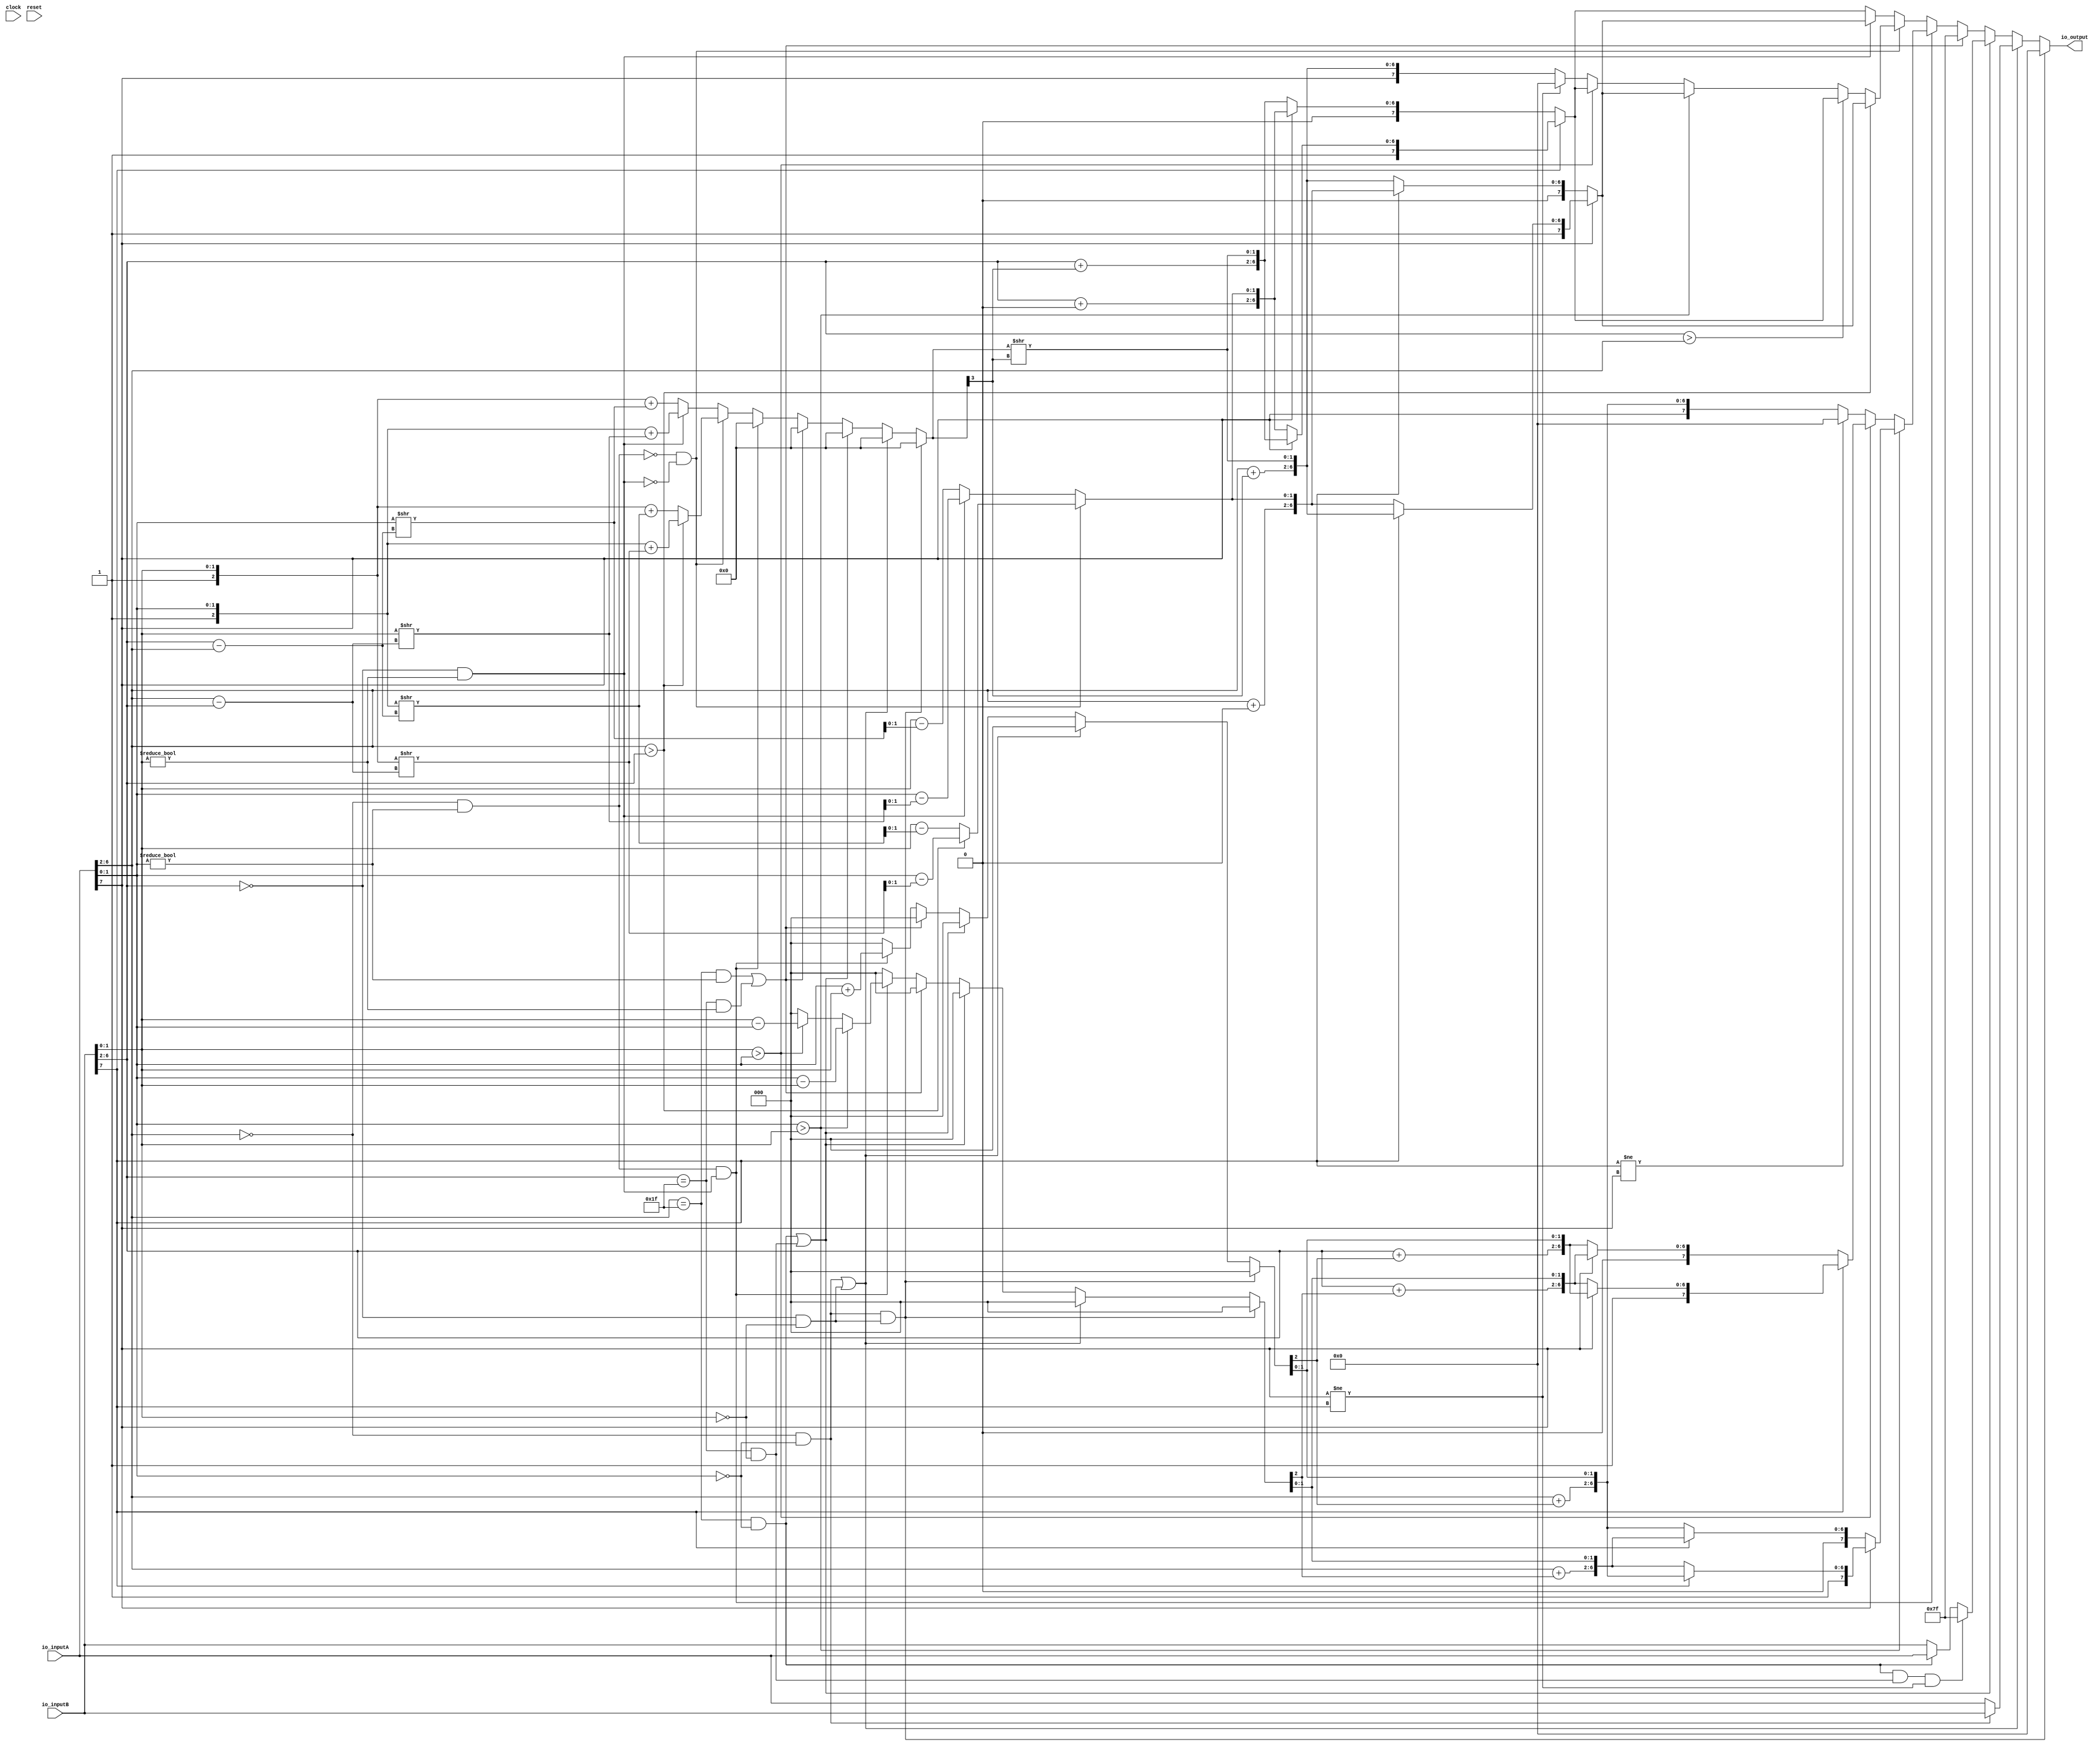
// This program was cloned from: https://github.com/wilfredkisku/CHISEL3-PROJECTS
// License: The Unlicense

module FP8_ADD(
  input        clock,
  input        reset,
  input  [7:0] io_inputA,
  input  [7:0] io_inputB,
  output [7:0] io_output
);
  wire  signA = io_inputA[7]; // @[FP8_ADD.scala 13:18]
  wire [4:0] expA = io_inputA[6:2]; // @[FP8_ADD.scala 14:22]
  wire [1:0] sigA = io_inputA[1:0]; // @[FP8_ADD.scala 15:25]
  wire  signB = io_inputB[7]; // @[FP8_ADD.scala 13:18]
  wire [4:0] expB = io_inputB[6:2]; // @[FP8_ADD.scala 14:22]
  wire [1:0] sigB = io_inputB[1:0]; // @[FP8_ADD.scala 15:25]
  wire  _infFlagA_T = expA == 5'h1f; // @[FP8_ADD.scala 24:23]
  wire  _infFlagA_T_1 = sigA == 2'h0; // @[FP8_ADD.scala 24:46]
  wire  infFlagA = expA == 5'h1f & sigA == 2'h0; // @[FP8_ADD.scala 24:38]
  wire  _infFlagB_T = expB == 5'h1f; // @[FP8_ADD.scala 25:23]
  wire  _infFlagB_T_1 = sigB == 2'h0; // @[FP8_ADD.scala 25:46]
  wire  infFlagB = expB == 5'h1f & sigB == 2'h0; // @[FP8_ADD.scala 25:38]
  wire  _zeroFlagA_T = expA == 5'h0; // @[FP8_ADD.scala 28:24]
  wire  zeroFlagA = expA == 5'h0 & _infFlagA_T_1; // @[FP8_ADD.scala 28:39]
  wire  _zeroFlagB_T = expB == 5'h0; // @[FP8_ADD.scala 29:24]
  wire  zeroFlagB = expB == 5'h0 & _infFlagB_T_1; // @[FP8_ADD.scala 29:39]
  wire  _nanFlagA_T_1 = sigA != 2'h0; // @[FP8_ADD.scala 32:46]
  wire  nanFlagA = _infFlagA_T & sigA != 2'h0; // @[FP8_ADD.scala 32:38]
  wire  _nanFlagB_T_1 = sigB != 2'h0; // @[FP8_ADD.scala 33:46]
  wire  nanFlagB = _infFlagB_T & sigB != 2'h0; // @[FP8_ADD.scala 33:38]
  wire  subFlagA = _zeroFlagA_T & _nanFlagA_T_1; // @[FP8_ADD.scala 36:38]
  wire  subFlagB = _zeroFlagB_T & _nanFlagB_T_1; // @[FP8_ADD.scala 37:38]
  wire [7:0] _io_output_T = zeroFlagA ? io_inputB : io_inputA; // @[FP8_ADD.scala 56:21]
  wire  _T_4 = signA != signB; // @[FP8_ADD.scala 59:42]
  wire [7:0] _io_output_T_1 = infFlagA ? io_inputA : io_inputB; // @[FP8_ADD.scala 62:23]
  wire [7:0] _GEN_0 = infFlagA & infFlagB & signA != signB ? 8'h7f : _io_output_T_1; // @[FP8_ADD.scala 59:53 60:17 62:17]
  wire  _T_8 = sigA > sigB; // @[FP8_ADD.scala 71:17]
  wire [2:0] _ovrChk_a_n_T = {1'h0,sigA}; // @[Cat.scala 33:92]
  wire [2:0] _ovrChk_a_n_T_1 = {1'h0,sigB}; // @[Cat.scala 33:92]
  wire [3:0] _ovrChk_a_n_T_2 = _ovrChk_a_n_T + _ovrChk_a_n_T_1; // @[FP8_ADD.scala 72:38]
  wire [2:0] _ovrChk_s_n_T_3 = _ovrChk_a_n_T - _ovrChk_a_n_T_1; // @[FP8_ADD.scala 73:38]
  wire  _io_output_T_2 = ~signA; // @[FP8_ADD.scala 74:32]
  wire  _io_output_T_3 = ~signB; // @[FP8_ADD.scala 74:62]
  wire  _T_9 = sigB > sigA; // @[FP8_ADD.scala 75:23]
  wire [3:0] _ovrChk_a_n_T_5 = _ovrChk_a_n_T_1 + _ovrChk_a_n_T; // @[FP8_ADD.scala 76:38]
  wire [3:0] _GEN_1 = sigB > sigA ? _ovrChk_a_n_T_5 : _ovrChk_a_n_T_5; // @[FP8_ADD.scala 75:30 76:20 80:20]
  wire [3:0] _GEN_4 = sigA > sigB ? _ovrChk_a_n_T_2 : _GEN_1; // @[FP8_ADD.scala 71:24 72:20]
  wire [3:0] _GEN_21 = subFlagA & subFlagB ? _GEN_4 : 4'h0; // @[FP8_ADD.scala 49:14 68:31]
  wire [3:0] _GEN_27 = nanFlagA | nanFlagB ? 4'h0 : _GEN_21; // @[FP8_ADD.scala 49:14 64:35]
  wire [3:0] _GEN_32 = infFlagA | infFlagB ? 4'h0 : _GEN_27; // @[FP8_ADD.scala 49:14 57:35]
  wire [3:0] _GEN_37 = zeroFlagA | zeroFlagB ? 4'h0 : _GEN_32; // @[FP8_ADD.scala 49:14 55:37]
  wire [3:0] _GEN_42 = zeroFlagA & zeroFlagB ? 4'h0 : _GEN_37; // @[FP8_ADD.scala 49:14 52:32]
  wire [2:0] ovrChk_a_n = _GEN_42[2:0]; // @[FP8_ADD.scala 47:24]
  wire [4:0] _GEN_46 = {{4'd0}, ovrChk_a_n[2]}; // @[FP8_ADD.scala 74:80]
  wire [4:0] _io_output_T_6 = expA + _GEN_46; // @[FP8_ADD.scala 74:80]
  wire [6:0] _io_output_T_8 = {_io_output_T_6,ovrChk_a_n[1:0]}; // @[Cat.scala 33:92]
  wire [2:0] _ovrChk_s_n_T_7 = _ovrChk_a_n_T_1 - _ovrChk_a_n_T; // @[FP8_ADD.scala 77:38]
  wire [2:0] _GEN_2 = sigB > sigA ? _ovrChk_s_n_T_7 : 3'h0; // @[FP8_ADD.scala 50:14 75:30 77:20]
  wire [2:0] _GEN_5 = sigA > sigB ? _ovrChk_s_n_T_3 : _GEN_2; // @[FP8_ADD.scala 71:24 73:20]
  wire [2:0] _GEN_22 = subFlagA & subFlagB ? _GEN_5 : 3'h0; // @[FP8_ADD.scala 50:14 68:31]
  wire [2:0] _GEN_28 = nanFlagA | nanFlagB ? 3'h0 : _GEN_22; // @[FP8_ADD.scala 50:14 64:35]
  wire [2:0] _GEN_33 = infFlagA | infFlagB ? 3'h0 : _GEN_28; // @[FP8_ADD.scala 50:14 57:35]
  wire [2:0] _GEN_38 = zeroFlagA | zeroFlagB ? 3'h0 : _GEN_33; // @[FP8_ADD.scala 50:14 55:37]
  wire [2:0] ovrChk_s_n = zeroFlagA & zeroFlagB ? 3'h0 : _GEN_38; // @[FP8_ADD.scala 50:14 52:32]
  wire [4:0] _GEN_47 = {{4'd0}, ovrChk_s_n[2]}; // @[FP8_ADD.scala 74:124]
  wire [4:0] _io_output_T_11 = expA + _GEN_47; // @[FP8_ADD.scala 74:124]
  wire [6:0] _io_output_T_13 = {_io_output_T_11,ovrChk_s_n[1:0]}; // @[Cat.scala 33:92]
  wire [6:0] _io_output_T_14 = ~signB ? _io_output_T_8 : _io_output_T_13; // @[FP8_ADD.scala 74:55]
  wire [7:0] _io_output_T_15 = {signA,_io_output_T_14}; // @[Cat.scala 33:92]
  wire [6:0] _io_output_T_27 = ~signB ? _io_output_T_13 : _io_output_T_8; // @[FP8_ADD.scala 74:175]
  wire [7:0] _io_output_T_28 = {signA,_io_output_T_27}; // @[Cat.scala 33:92]
  wire [7:0] _io_output_T_29 = ~signA ? _io_output_T_15 : _io_output_T_28; // @[FP8_ADD.scala 74:25]
  wire [4:0] _io_output_T_34 = expB + _GEN_46; // @[FP8_ADD.scala 78:80]
  wire [6:0] _io_output_T_36 = {_io_output_T_34,ovrChk_a_n[1:0]}; // @[Cat.scala 33:92]
  wire [4:0] _io_output_T_39 = expB + _GEN_47; // @[FP8_ADD.scala 78:124]
  wire [6:0] _io_output_T_41 = {_io_output_T_39,ovrChk_s_n[1:0]}; // @[Cat.scala 33:92]
  wire [6:0] _io_output_T_42 = _io_output_T_2 ? _io_output_T_36 : _io_output_T_41; // @[FP8_ADD.scala 78:55]
  wire [7:0] _io_output_T_43 = {signB,_io_output_T_42}; // @[Cat.scala 33:92]
  wire [6:0] _io_output_T_55 = _io_output_T_2 ? _io_output_T_41 : _io_output_T_36; // @[FP8_ADD.scala 78:175]
  wire [7:0] _io_output_T_56 = {signB,_io_output_T_55}; // @[Cat.scala 33:92]
  wire [7:0] _io_output_T_57 = _io_output_T_3 ? _io_output_T_43 : _io_output_T_56; // @[FP8_ADD.scala 78:25]
  wire [7:0] _io_output_T_63 = {signA,_io_output_T_6,ovrChk_a_n[1:0]}; // @[Cat.scala 33:92]
  wire [7:0] _io_output_T_64 = signB != signA ? 8'h0 : _io_output_T_63; // @[FP8_ADD.scala 82:25]
  wire [7:0] _GEN_3 = sigB > sigA ? _io_output_T_57 : _io_output_T_64; // @[FP8_ADD.scala 75:30 78:19 82:19]
  wire [7:0] _GEN_6 = sigA > sigB ? _io_output_T_29 : _GEN_3; // @[FP8_ADD.scala 71:24 74:19]
  wire [2:0] _ovrChk_a_T = {1'h1,sigA}; // @[Cat.scala 33:92]
  wire [2:0] _ovrChk_a_T_1 = {1'h1,sigB}; // @[Cat.scala 33:92]
  wire [4:0] _ovrChk_a_T_3 = expA - expB; // @[FP8_ADD.scala 96:64]
  wire [2:0] _ovrChk_a_T_4 = _ovrChk_a_T_1 >> _ovrChk_a_T_3; // @[FP8_ADD.scala 96:55]
  wire [3:0] _ovrChk_a_T_5 = _ovrChk_a_T + _ovrChk_a_T_4; // @[FP8_ADD.scala 96:36]
  wire [2:0] _ovrChk_s_T_6 = _ovrChk_a_T - _ovrChk_a_T_4; // @[FP8_ADD.scala 97:36]
  wire [4:0] _ovrChk_a_T_9 = expB - expA; // @[FP8_ADD.scala 102:64]
  wire [2:0] _ovrChk_a_T_10 = _ovrChk_a_T >> _ovrChk_a_T_9; // @[FP8_ADD.scala 102:55]
  wire [3:0] _ovrChk_a_T_11 = _ovrChk_a_T_1 + _ovrChk_a_T_10; // @[FP8_ADD.scala 102:36]
  wire [3:0] _GEN_9 = expB > expA ? _ovrChk_a_T_11 : _ovrChk_a_T_11; // @[FP8_ADD.scala 100:30 102:18 107:18]
  wire [3:0] _GEN_12 = expA > expB ? _ovrChk_a_T_5 : _GEN_9; // @[FP8_ADD.scala 94:24 96:18]
  wire [2:0] _ovrChk_a_T_22 = _ovrChk_a_n_T_1 >> _ovrChk_a_T_3; // @[FP8_ADD.scala 127:55]
  wire [3:0] _ovrChk_a_T_23 = _ovrChk_a_T + _ovrChk_a_T_22; // @[FP8_ADD.scala 127:36]
  wire [2:0] _ovrChk_a_T_28 = _ovrChk_a_n_T >> _ovrChk_a_T_9; // @[FP8_ADD.scala 131:55]
  wire [3:0] _ovrChk_a_T_29 = _ovrChk_a_T_1 + _ovrChk_a_T_28; // @[FP8_ADD.scala 131:36]
  wire [3:0] _GEN_15 = subFlagB ? _ovrChk_a_T_23 : _ovrChk_a_T_29; // @[FP8_ADD.scala 126:21 127:18 131:18]
  wire [3:0] _GEN_18 = ~subFlagA & ~subFlagB ? _GEN_12 : _GEN_15; // @[FP8_ADD.scala 86:39]
  wire [3:0] _GEN_24 = subFlagA & subFlagB ? 4'h0 : _GEN_18; // @[FP8_ADD.scala 43:12 68:31]
  wire [3:0] _GEN_29 = nanFlagA | nanFlagB ? 4'h0 : _GEN_24; // @[FP8_ADD.scala 43:12 64:35]
  wire [3:0] _GEN_34 = infFlagA | infFlagB ? 4'h0 : _GEN_29; // @[FP8_ADD.scala 43:12 57:35]
  wire [3:0] _GEN_39 = zeroFlagA | zeroFlagB ? 4'h0 : _GEN_34; // @[FP8_ADD.scala 43:12 55:37]
  wire [3:0] ovrChk_a = zeroFlagA & zeroFlagB ? 4'h0 : _GEN_39; // @[FP8_ADD.scala 43:12 52:32]
  wire [4:0] _GEN_55 = {{4'd0}, ovrChk_a[3]}; // @[FP8_ADD.scala 98:80]
  wire [4:0] _io_output_T_69 = expA + _GEN_55; // @[FP8_ADD.scala 98:80]
  wire [3:0] _io_output_T_71 = ovrChk_a >> ovrChk_a[3]; // @[FP8_ADD.scala 98:105]
  wire [6:0] _io_output_T_73 = {_io_output_T_69,_io_output_T_71[1:0]}; // @[Cat.scala 33:92]
  wire [2:0] _ovrChk_s_T_13 = _ovrChk_a_T_1 - _ovrChk_a_T_10; // @[FP8_ADD.scala 103:36]
  wire [2:0] _GEN_10 = expB > expA ? _ovrChk_s_T_13 : _ovrChk_s_T_13; // @[FP8_ADD.scala 100:30 103:18 108:18]
  wire [2:0] _GEN_13 = expA > expB ? _ovrChk_s_T_6 : _GEN_10; // @[FP8_ADD.scala 94:24 97:18]
  wire [2:0] _ovrChk_s_T_27 = _ovrChk_a_T - _ovrChk_a_T_22; // @[FP8_ADD.scala 128:36]
  wire [2:0] _ovrChk_s_T_34 = _ovrChk_a_T_1 - _ovrChk_a_T_28; // @[FP8_ADD.scala 132:36]
  wire [2:0] _GEN_16 = subFlagB ? _ovrChk_s_T_27 : _ovrChk_s_T_34; // @[FP8_ADD.scala 126:21 128:18 132:18]
  wire [2:0] _GEN_19 = ~subFlagA & ~subFlagB ? _GEN_13 : _GEN_16; // @[FP8_ADD.scala 86:39]
  wire [2:0] _GEN_25 = subFlagA & subFlagB ? 3'h0 : _GEN_19; // @[FP8_ADD.scala 44:12 68:31]
  wire [2:0] _GEN_30 = nanFlagA | nanFlagB ? 3'h0 : _GEN_25; // @[FP8_ADD.scala 44:12 64:35]
  wire [2:0] _GEN_35 = infFlagA | infFlagB ? 3'h0 : _GEN_30; // @[FP8_ADD.scala 44:12 57:35]
  wire [2:0] _GEN_40 = zeroFlagA | zeroFlagB ? 3'h0 : _GEN_35; // @[FP8_ADD.scala 44:12 55:37]
  wire [2:0] _GEN_45 = zeroFlagA & zeroFlagB ? 3'h0 : _GEN_40; // @[FP8_ADD.scala 44:12 52:32]
  wire [3:0] ovrChk_s = {{1'd0}, _GEN_45}; // @[FP8_ADD.scala 41:22]
  wire [4:0] _GEN_56 = {{4'd0}, ovrChk_s[3]}; // @[FP8_ADD.scala 98:137]
  wire [4:0] _io_output_T_76 = expA + _GEN_56; // @[FP8_ADD.scala 98:137]
  wire [3:0] _io_output_T_78 = ovrChk_s >> ovrChk_s[3]; // @[FP8_ADD.scala 98:162]
  wire [6:0] _io_output_T_80 = {_io_output_T_76,_io_output_T_78[1:0]}; // @[Cat.scala 33:92]
  wire [6:0] _io_output_T_81 = _io_output_T_3 ? _io_output_T_73 : _io_output_T_80; // @[FP8_ADD.scala 98:55]
  wire [7:0] _io_output_T_82 = {signA,_io_output_T_81}; // @[Cat.scala 33:92]
  wire [6:0] _io_output_T_98 = _io_output_T_3 ? _io_output_T_80 : _io_output_T_73; // @[FP8_ADD.scala 98:201]
  wire [7:0] _io_output_T_99 = {signA,_io_output_T_98}; // @[Cat.scala 33:92]
  wire [7:0] _io_output_T_100 = _io_output_T_2 ? _io_output_T_82 : _io_output_T_99; // @[FP8_ADD.scala 98:25]
  wire [4:0] _io_output_T_105 = expB + _GEN_55; // @[FP8_ADD.scala 104:80]
  wire [6:0] _io_output_T_109 = {_io_output_T_105,_io_output_T_71[1:0]}; // @[Cat.scala 33:92]
  wire [4:0] _io_output_T_112 = expB + _GEN_56; // @[FP8_ADD.scala 104:137]
  wire [6:0] _io_output_T_116 = {_io_output_T_112,_io_output_T_78[1:0]}; // @[Cat.scala 33:92]
  wire [6:0] _io_output_T_117 = _io_output_T_2 ? _io_output_T_109 : _io_output_T_116; // @[FP8_ADD.scala 104:55]
  wire [7:0] _io_output_T_118 = {signB,_io_output_T_117}; // @[Cat.scala 33:92]
  wire [6:0] _io_output_T_134 = _io_output_T_2 ? _io_output_T_116 : _io_output_T_109; // @[FP8_ADD.scala 104:201]
  wire [7:0] _io_output_T_135 = {signB,_io_output_T_134}; // @[Cat.scala 33:92]
  wire [7:0] _io_output_T_136 = _io_output_T_3 ? _io_output_T_118 : _io_output_T_135; // @[FP8_ADD.scala 104:25]
  wire [7:0] _io_output_T_216 = {signA,_io_output_T_69,_io_output_T_71[1:0]}; // @[Cat.scala 33:92]
  wire [7:0] _io_output_T_217 = _T_4 ? 8'h0 : _io_output_T_216; // @[FP8_ADD.scala 117:27]
  wire [7:0] _GEN_7 = _T_9 ? _io_output_T_136 : _io_output_T_217; // @[FP8_ADD.scala 113:32 114:21 117:21]
  wire [7:0] _GEN_8 = _T_8 ? _io_output_T_100 : _GEN_7; // @[FP8_ADD.scala 110:26 111:21]
  wire [7:0] _GEN_11 = expB > expA ? _io_output_T_136 : _GEN_8; // @[FP8_ADD.scala 100:30 104:19]
  wire [7:0] _GEN_14 = expA > expB ? _io_output_T_100 : _GEN_11; // @[FP8_ADD.scala 94:24 98:19]
  wire [7:0] _GEN_17 = subFlagB ? _io_output_T_100 : _io_output_T_136; // @[FP8_ADD.scala 126:21 129:19 133:19]
  wire [7:0] _GEN_20 = ~subFlagA & ~subFlagB ? _GEN_14 : _GEN_17; // @[FP8_ADD.scala 86:39]
  wire [7:0] _GEN_23 = subFlagA & subFlagB ? _GEN_6 : _GEN_20; // @[FP8_ADD.scala 68:31]
  wire [7:0] _GEN_26 = nanFlagA | nanFlagB ? 8'h7f : _GEN_23; // @[FP8_ADD.scala 64:35 65:15]
  wire [7:0] _GEN_31 = infFlagA | infFlagB ? _GEN_0 : _GEN_26; // @[FP8_ADD.scala 57:35]
  wire [7:0] _GEN_36 = zeroFlagA | zeroFlagB ? _io_output_T : _GEN_31; // @[FP8_ADD.scala 55:37 56:15]
  assign io_output = zeroFlagA & zeroFlagB ? 8'h0 : _GEN_36; // @[FP8_ADD.scala 52:32 54:15]
endmodule